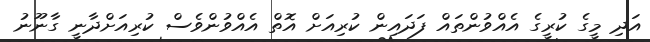
އަދި މީގެ ކުރީގެ އެއްވުންތައް ފަދައިން ކުރިއަށް އޮތް އެއްވުންވެސް ކުރިއަށްދާނީ ގާނޫނު